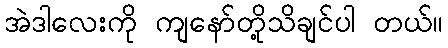
အဲဒါလေးကို ကျနော်တို့သိချင်ပါ တယ်။